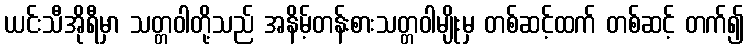
ယင်းသီအိုရီမှာ သတ္တဝါတို့သည် အနိမ့်တန်းစားသတ္တဝါမျိုးမှ တစ်ဆင့်ထက် တစ်ဆင့် တက်၍